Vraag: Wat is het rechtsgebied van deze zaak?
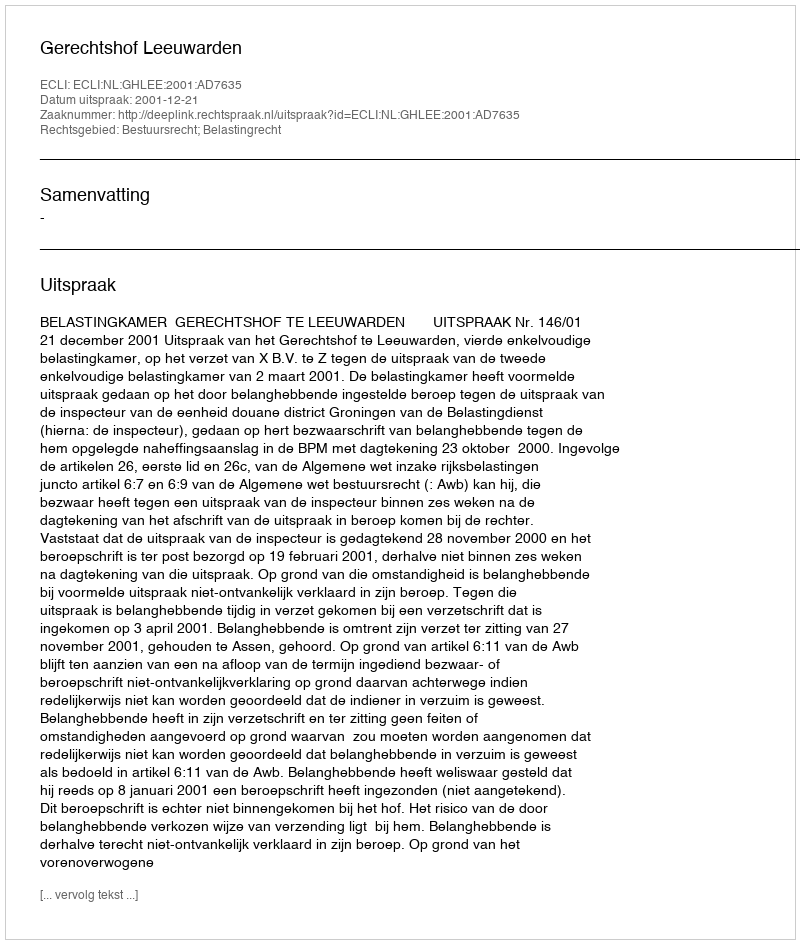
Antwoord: Bestuursrecht; Belastingrecht